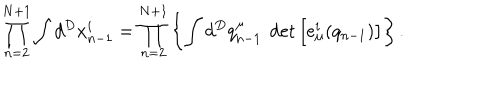
LaTeX: \prod _ { n = 2 } ^ { N + 1 } \int d ^ { D } x _ { n - 1 } ^ { i } = \prod _ { n = 2 } ^ { N + 1 } \left\{ \int d ^ { D } q _ { n - 1 } ^ { \mu } ~ \det \left[ e _ { \mu } ^ { i } ( q _ { n - 1 } ) \right] \right\} .